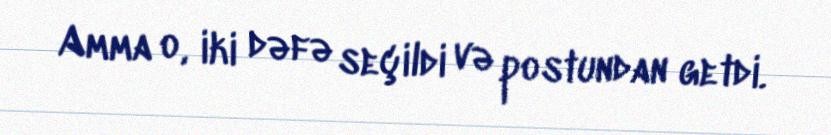
Amma o, iki dəfə seçildi və postundan getdi.